NAE_ERA_R-2324_Eesti_Vabariigi_Pohiseaduslik_Assamblee, lk 95
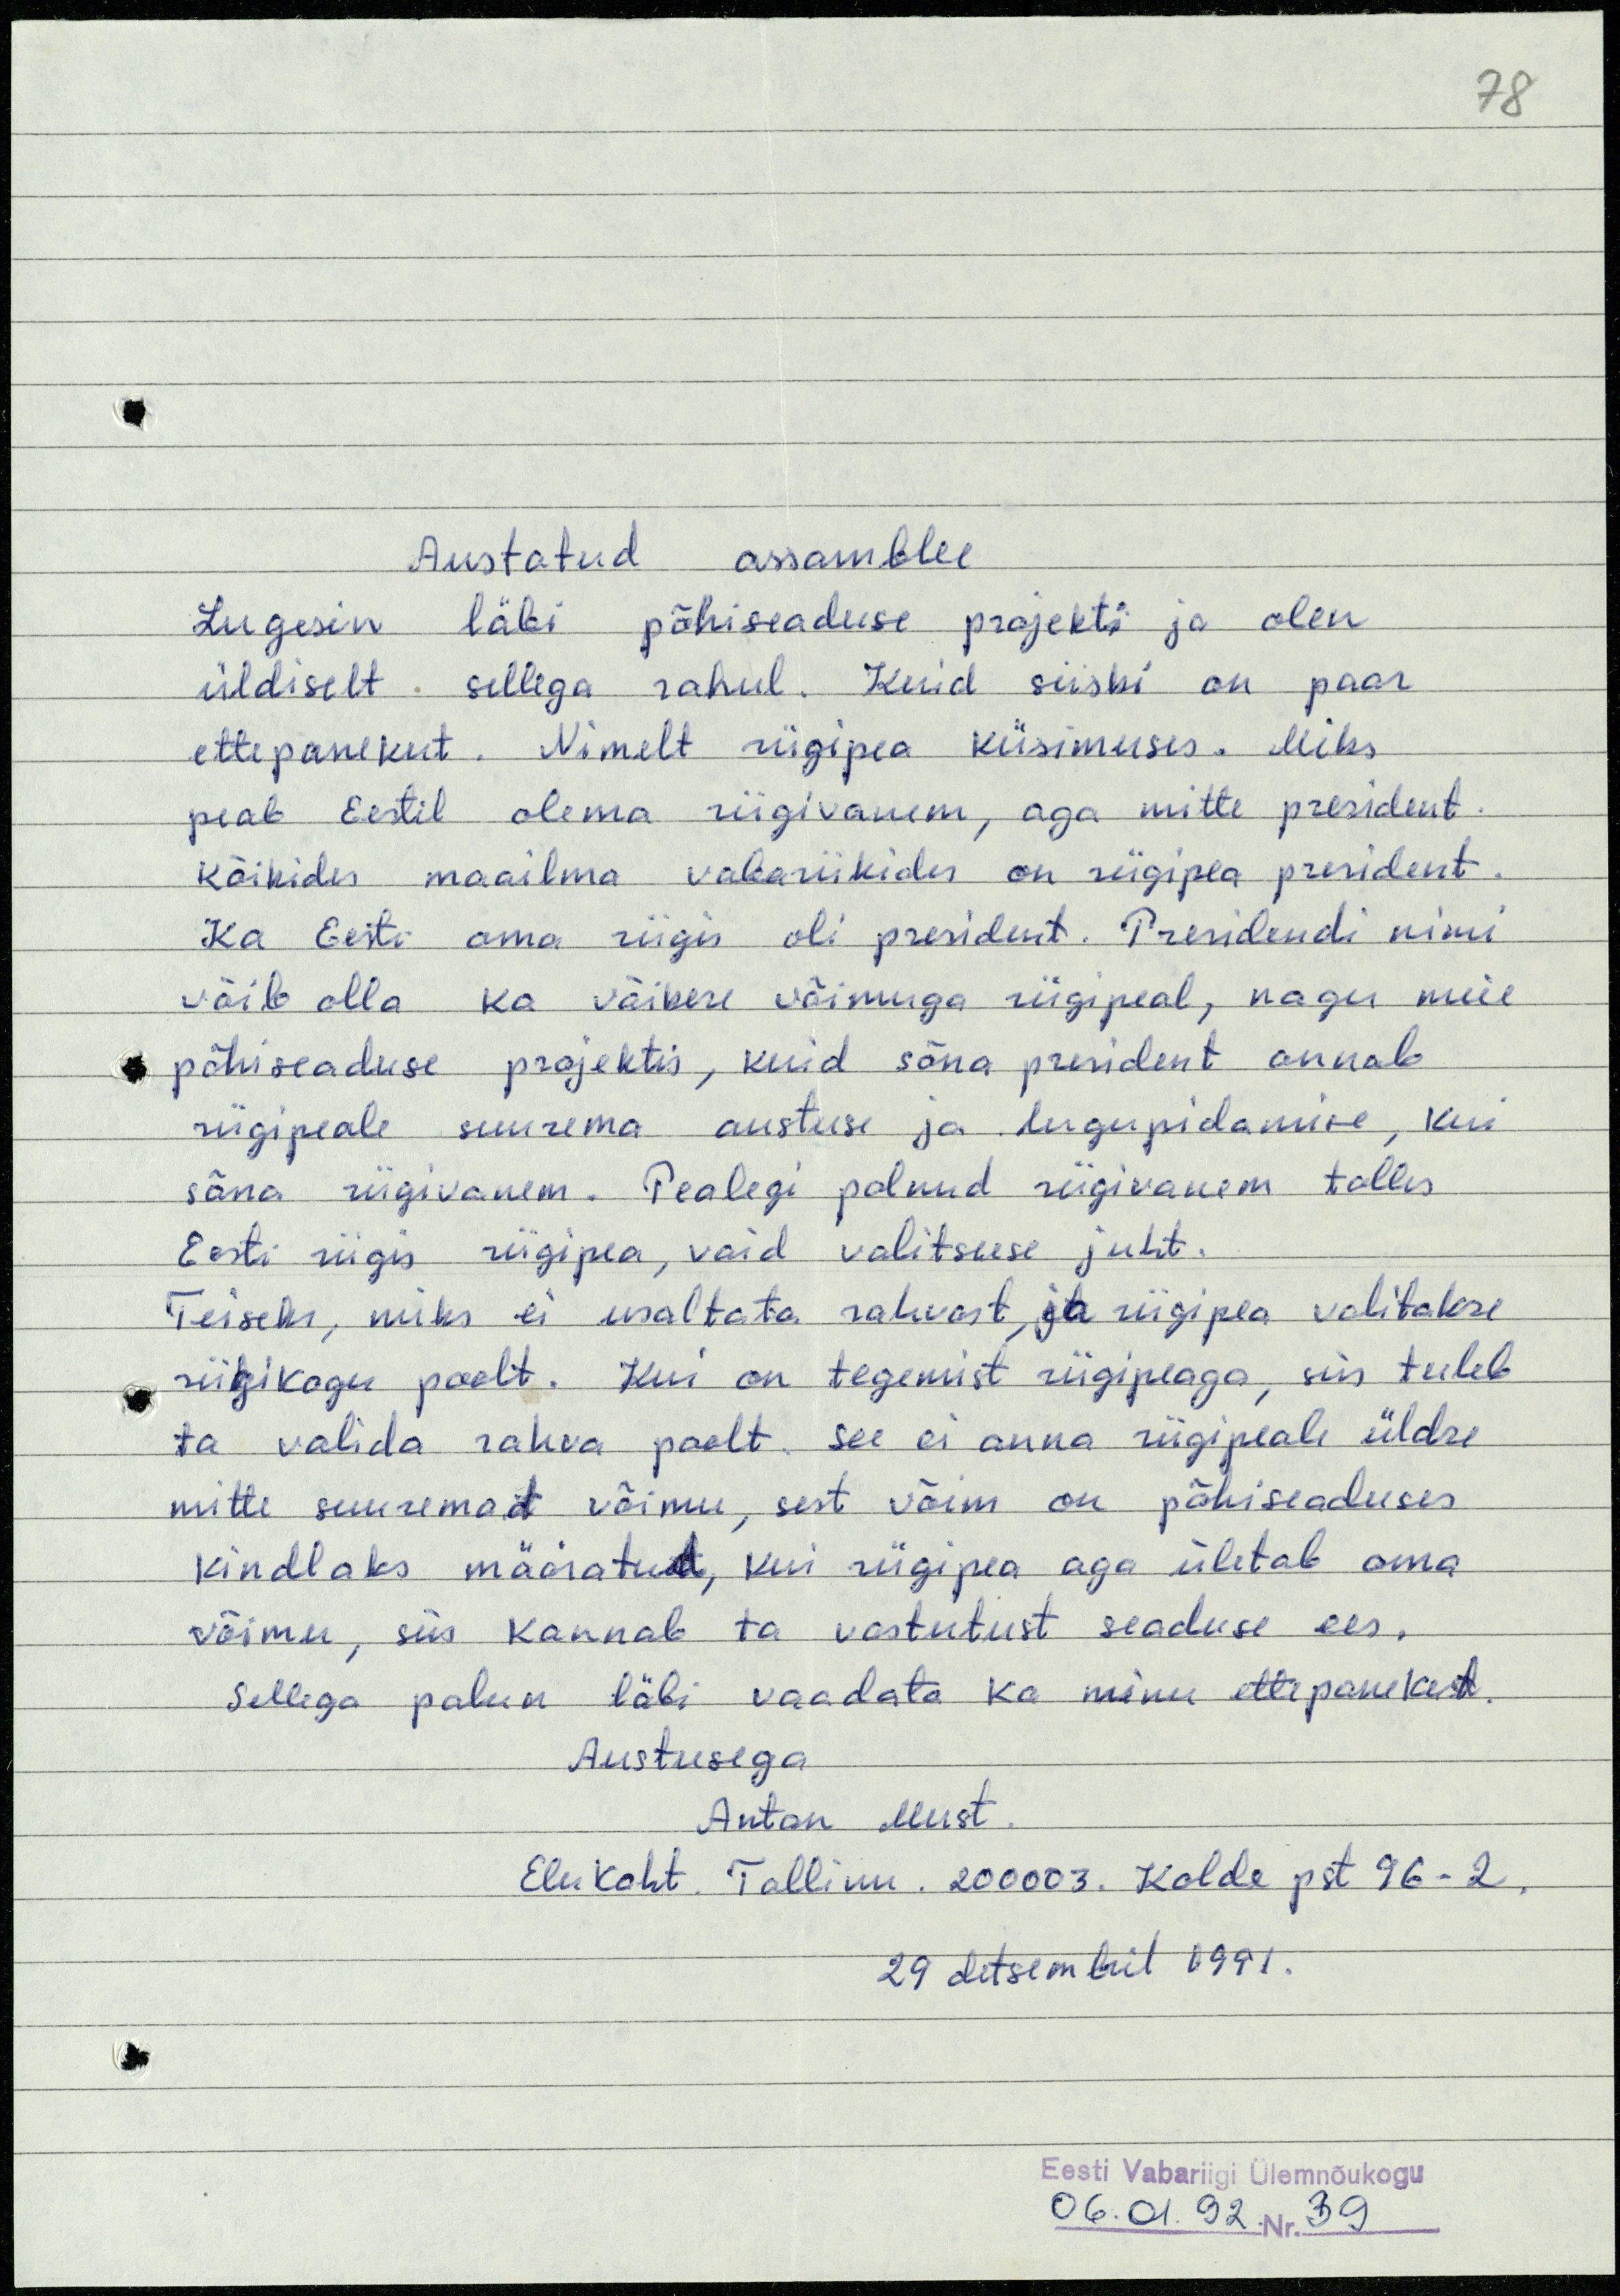
78

Austatud assamblee
Lugesin läbi põhiseaduse projekti ja olen
üldiselt sellega rahul. Kuid siiski on paar
ettepanekut. Nimelt riigipea küsimuses. Miks
peab Eestil olema riigivanem, aga mitte president.
Kõikides maailma vabariikides on riigipea president.
Ka Eesti oma riigis oli president. Presidendi nimi
võib olla ka väikese võimuga riigipeal, nagu meie
põhiseaduse projektis, kuid sõna president annab
riigipeale suurema austuse ja lugupidamise, kui
sõna riigivanem. Pealegi polnud riigivanem tolles
Eesti riigis riigipea, vaid valitsuse juht.
Teiseks, miks ei usaltata rahvast, ja riigipea valitakse
riigikogu poolt. Kui on tegemist riigipeaga, siis tuleb
ta valida rahva poolt. See ei anna riigipeale üldse
mitte suuremat võimu, sest võim on põhiseaduses
kindlaks määratud, kui riigipea aga ületab oma
võimu, siis kannab ta vastutust seaduse ees.
Sellega palun läbi vaadata ka minu ettepanekut.
Austusega
Anton Must.
Elukoht. Tallinn. 200003. Kolde pt 96-2,
29 detsembril 1991.
Eesti Vabariigi Ülemnõukogu
06.01.92 Nr. 39